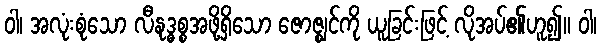
ဝါ၊ အလုံးစုံသော လီနုဒ္ဓစ္စအဖို့ရှိသော ဇောဇ္ဈင်ကို ယူခြင်းဖြင့် လိုအပ်၏ဟူ၍။ ဝါ၊